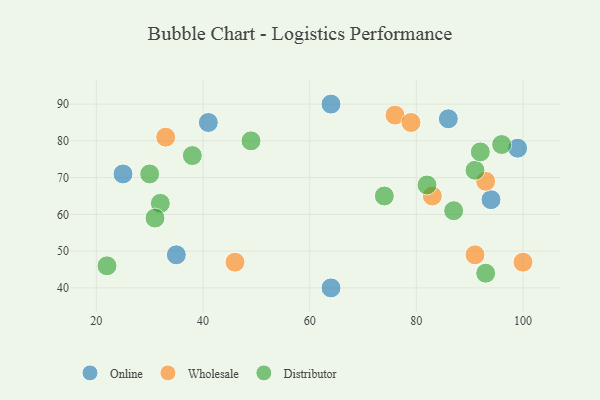
{"axis": {"x": "GDP", "y": "Life Expectancy"}, "legend": ["Distributor", "Online", "Wholesale"], "data": [{"x": "35", "y": 49, "type": "Online"}, {"x": "86", "y": 86, "type": "Online"}, {"x": "64", "y": 90, "type": "Online"}, {"x": "25", "y": 71, "type": "Online"}, {"x": "41", "y": 85, "type": "Online"}, {"x": "64", "y": 40, "type": "Online"}, {"x": "99", "y": 78, "type": "Online"}, {"x": "94", "y": 64, "type": "Online"}, {"x": "83", "y": 65, "type": "Wholesale"}, {"x": "76", "y": 87, "type": "Wholesale"}, {"x": "33", "y": 81, "type": "Wholesale"}, {"x": "79", "y": 85, "type": "Wholesale"}, {"x": "46", "y": 47, "type": "Wholesale"}, {"x": "93", "y": 69, "type": "Wholesale"}, {"x": "91", "y": 49, "type": "Wholesale"}, {"x": "100", "y": 47, "type": "Wholesale"}, {"x": "87", "y": 61, "type": "Distributor"}, {"x": "30", "y": 71, "type": "Distributor"}, {"x": "91", "y": 72, "type": "Distributor"}, {"x": "32", "y": 63, "type": "Distributor"}, {"x": "38", "y": 76, "type": "Distributor"}, {"x": "82", "y": 68, "type": "Distributor"}, {"x": "31", "y": 59, "type": "Distributor"}, {"x": "49", "y": 80, "type": "Distributor"}, {"x": "74", "y": 65, "type": "Distributor"}, {"x": "92", "y": 77, "type": "Distributor"}, {"x": "96", "y": 79, "type": "Distributor"}, {"x": "22", "y": 46, "type": "Distributor"}, {"x": "93", "y": 44, "type": "Distributor"}]}